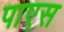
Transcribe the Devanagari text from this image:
पाएस